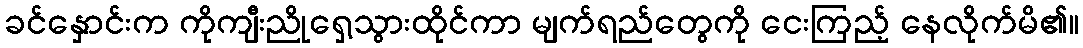
ခင်နှောင်းက ကိုကျီးညိုရှေ့သွားထိုင်ကာ မျက်ရည်တွေကို ငေးကြည့် နေလိုက်မိ၏။